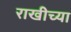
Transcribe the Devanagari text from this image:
राखीच्या